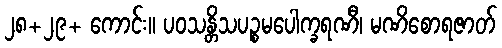
၂၈+၂၉+ ကောင်း။ ပဝသန္တိသပဉ္စမပေါက္ခရဏီ၊ မဏိစောရဇာတ်